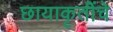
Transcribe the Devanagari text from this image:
छायाकृतींचे